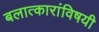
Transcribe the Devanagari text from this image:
बलात्कारांविषयी